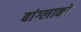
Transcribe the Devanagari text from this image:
बांग्लाको